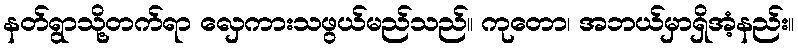
နတ်ရွာသို့တက်ရာ လှေကားသဖွယ်မည်သည်။ ကုတော၊ အဘယ်မှာရှိအံ့နည်း။